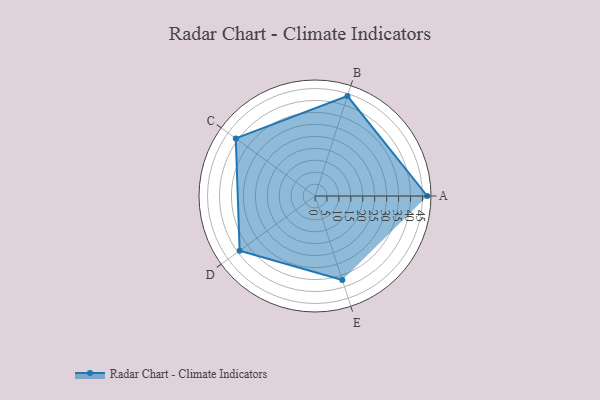
{"axis": {"x": "Skill", "y": "Score"}, "legend": ["Profile"], "data": [{"x": "A", "y": 47.0, "type": "Profile"}, {"x": "B", "y": 44.0, "type": "Profile"}, {"x": "C", "y": 41.0, "type": "Profile"}, {"x": "D", "y": 39.0, "type": "Profile"}, {"x": "E", "y": 37.0, "type": "Profile"}]}